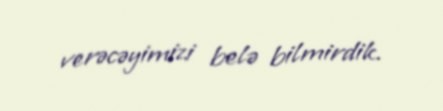
verəcəyimizi belə bilmirdik.